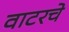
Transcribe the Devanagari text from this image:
वाटरचे